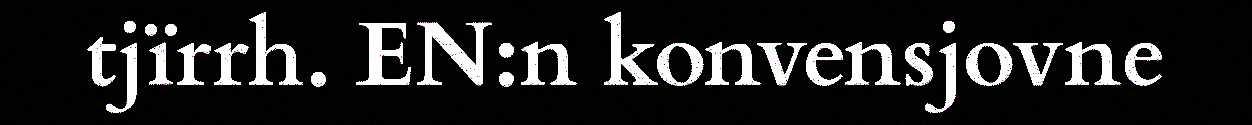
tjïrrh. EN:n konvensjovne